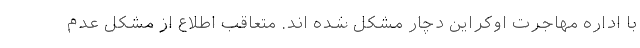
با اداره مهاجرت اوکراین دچار مشکل شده اند. متعاقب اطلاع از مشکل عدم